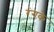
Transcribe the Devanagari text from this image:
रंगके